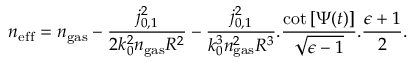
n _ { \mathrm { e f f } } = n _ { \mathrm { g a s } } - \frac { j _ { 0 , 1 } ^ { 2 } } { 2 k _ { 0 } ^ { 2 } n _ { \mathrm { g a s } } R ^ { 2 } } - \frac { j _ { 0 , 1 } ^ { 2 } } { k _ { 0 } ^ { 3 } n _ { \mathrm { g a s } } ^ { 2 } R ^ { 3 } } . \frac { \mathrm { c o t } \left[ \Psi ( t ) \right] } { \sqrt { \epsilon - 1 } } . \frac { \epsilon + 1 } { 2 } .